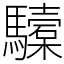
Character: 驝